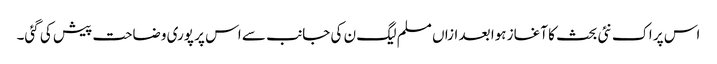
اس پر اک نئی بحث کا آغاز ہوا بعد ازاں مسلم لیگ ن کی جانب سے اس پر پوری وضاحت پیش کی گئی۔